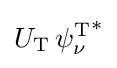
U_{\text{T}}\,{\psi _{\nu }^{\text{T}}}^{*}